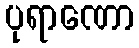
ပုရာဏော